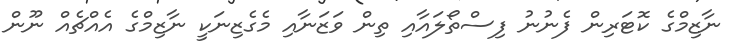
ނާޒިމްގެ ކޮޓަރިން ފެނުނު ފިސްތޯލައާއި ތިން ވަޒަނާއި މެގެޒިނަކީ ނާޒިމްގެ އެއްޗެއް ނޫން